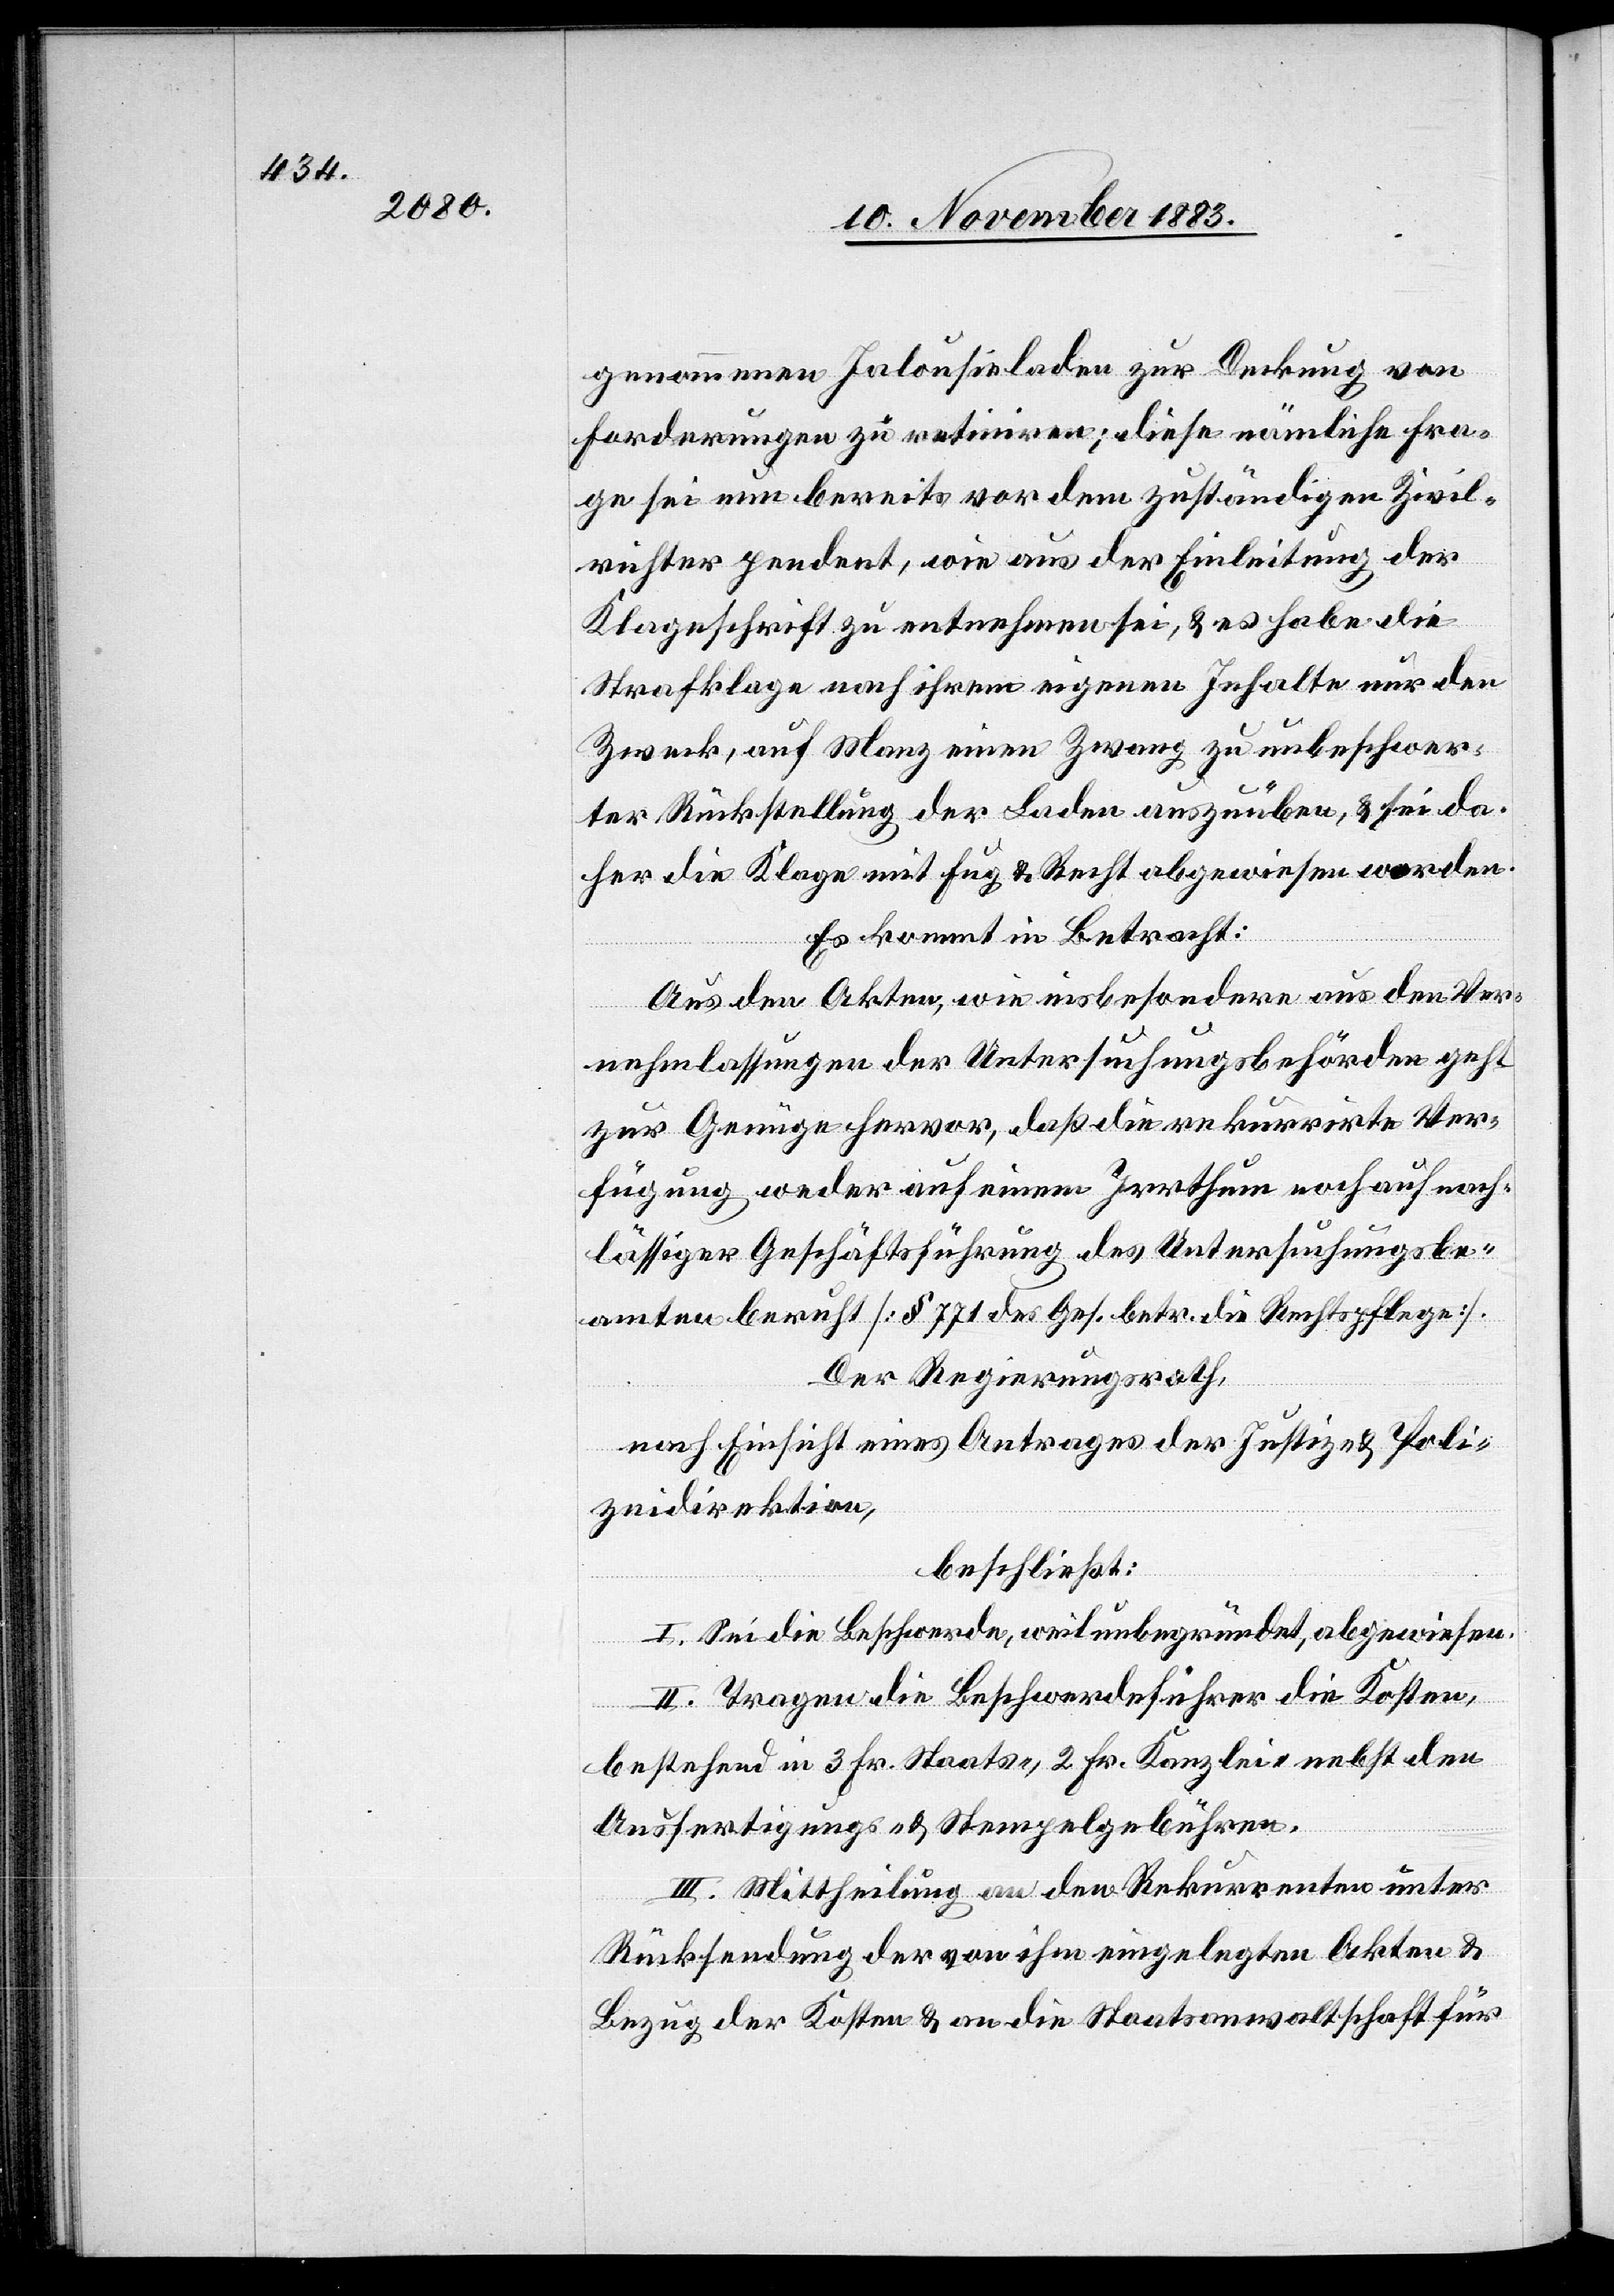
genommenen Jalousieladen zur Deckung von
Forderungen zu retiniren; diese nämliche Fra¬
ge sei nun bereits vor dem zuständigen Zivil¬
richter pendent, wie aus der Einleitung der
Klageschrift zu entnehmen sei, & es habe die
Strafklage nach ihrem eigenen Inhalte nur den
Zweck, auf Manz einen Zwang zu unbeschwer¬
ter Rückstellung der Laden auszuüben, & sei da¬
her die Klage mit Fug & Recht abgewiesen worden.
Es kommt in Betracht:
Aus den Akten, wie insbesondere aus den Ver¬
nehmlassungen der Untersuchungsbehörden geht
zur Genüge hervor, daß die rekurrirte Ver¬
fügung weder auf einem Irrthum noch auf nach¬
lässiger Geschäftsführung des Untersuchungsbe¬
amten beruht [§ 771 des Ges. betr. die Rechtspflege].
Der Regierungsrath,
nach Einsicht eines Antrages der Justiz- & Poli¬
zeidirektion,
beschließt:
I. Sei die Beschwerde, weil unbegründet abgewiesen.
II. Tragen die Beschwerdeführer die Kosten,
bestehend in 3 Fr. Staats-, 2 Fr. Kanzlei- nebst den
Ausfertigungs- & Stempelgebühren.
III. Mittheilung an den Rekurrenten unter
Rücksendung der von ihm eingelegten Akten &
Bezug der Kosten & an die Staatsanwaltschaft für